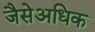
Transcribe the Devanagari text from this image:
जैसेअधिक